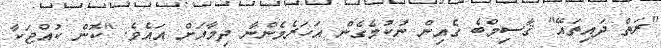
"ރަތް ދައިތައޭ" ޤާސިމްބެ ގެއިން ނުކުމެގެން އަހަރެމެންނާ ދިމާއަށް އައެވެ. "ކޮން ކުއްޖަކާ